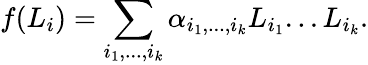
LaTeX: f(L_{i})=\sum_{i_{1},...,i_{k}}{\alpha}_{i_{1},...,i_{k}}L_{i_{1}}...L_{i_{k}}.